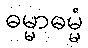
ဓမ္မာဓမ္မံ